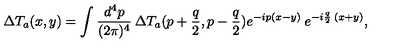
\Delta T _ { a } ( x , y ) = \int \frac { d ^ { 4 } p } { ( 2 \pi ) ^ { 4 } } \: \Delta T _ { a } ( p + \frac { q } { 2 } , p - \frac { q } { 2 } ) e ^ { - i p ( x - y ) } \: e ^ { - i \frac { q } { 2 } \: ( x + y ) } ,